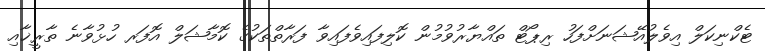
ޓެކްނިކަލް އިވެލުއޭޝަނަށްފަހު ރިޕޯޓް ތައްޔާރުވުމުން ކޮލިފައިވެފައިވާ ފަރާތްތަކުގެ ކޮމާޝަލް އޮފަރ ހުޅުވާނެ ތާރީޚާއި